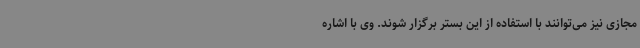
مجازی نیز می‌توانند با استفاده از این بستر برگزار شوند. وی با اشاره